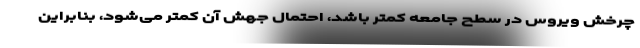
چرخش ویروس در سطح جامعه کمتر باشد، احتمال جهش آن کمتر می‌شود، بنابراین